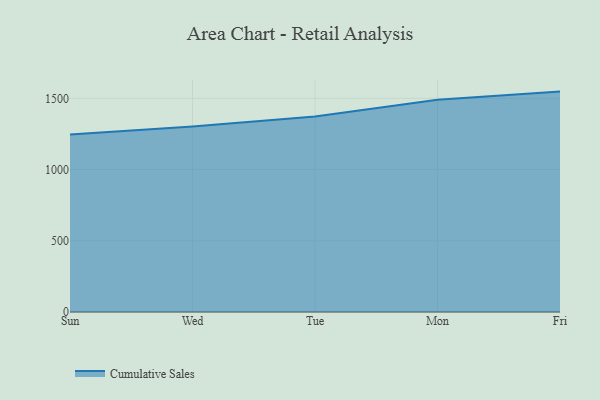
{"axis": {"x": "Day", "y": "Conversion Rate (%)"}, "legend": ["Cumulative Sales"], "data": [{"x": "Sun", "y": 1246.2, "type": "Cumulative Sales"}, {"x": "Wed", "y": 1301.5, "type": "Cumulative Sales"}, {"x": "Tue", "y": 1373.0, "type": "Cumulative Sales"}, {"x": "Mon", "y": 1490.0, "type": "Cumulative Sales"}, {"x": "Fri", "y": 1547.1, "type": "Cumulative Sales"}]}